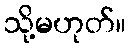
သို့မဟုတ်။